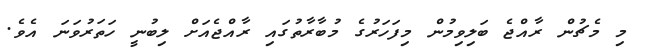
މި މެޗުން ރާއްޖެ ބަލިވިމުން މިފަހަރުގެ މުބާރާތުގައި ރާއްޖެއަށް ލިބުނީ ހަތަރުވަނަ އެވެ.